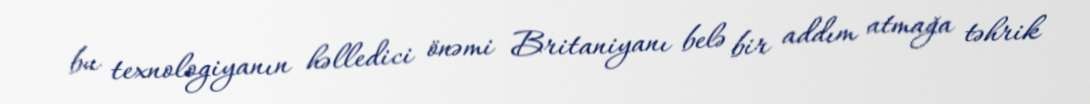
bu texnologiyanın həlledici önəmi Britaniyanı belə bir addım atmağa təhrik